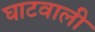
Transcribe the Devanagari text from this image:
घाटवाली